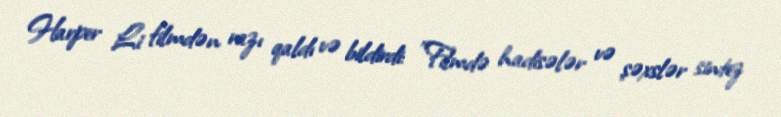
Harper Li filmdən razı qaldı və bildirdi: "Filmdə hadisələr və şəxslər sintez